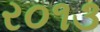
ર૦૧૩